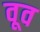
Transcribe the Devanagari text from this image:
वूव